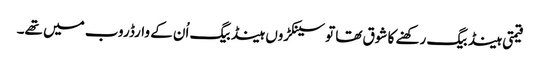
قیمتی ہینڈ بیگ رکھنے کا شوق تھا تو سینکڑوں ہینڈ بیگ اُن کے وارڈروب میں تھے۔